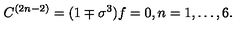
C ^ { ( 2 n - 2 ) } = ( 1 \mp \sigma ^ { 3 } ) f = 0 , n = 1 , \ldots , 6 .